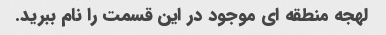
لهجه منطقه ای موجود در این قسمت را نام ببرید.